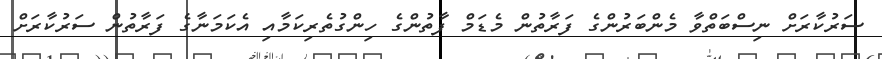
ސަރުކާރަށް ނިސްބަތްވާ މެންބަރުންގެ ފަރާތުން މެޑަމް ފާތުންގެ ހިންގުތެރިކަމާއި އެކަމަނާގެ ފަރާތުން ސަރުކާރަށް